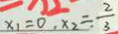
x _ { 1 } = 0 , x _ { 2 } = \frac { 2 } { 3 }